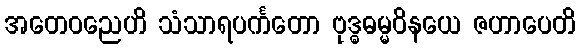
အတေဝညေဟိ သံသာရပင်္ကတော ဗုဒ္ဓဓမ္မဝိနယေ ဇဟာပေတိ